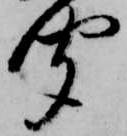
聞